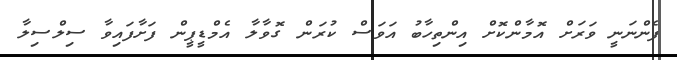
ފެންނަނީ ވަރަށް އޮމާންކޮށް އިންތިހާބު އަވަސް ކުރަން ގޮވާލާ އެމްޑީޕީން ފަށާފައިވާ ސިލްސިލާ